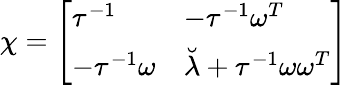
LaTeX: \chi=\left[\begin{array}{ll}{{\tau^{-1}}}&{{-\tau^{-1}\omega^{T}}}\\ {{-\tau^{-1}\omega}}&{{\breve{\lambda}+\tau^{-1}\omega\omega^{T}}}\end{array}\right]